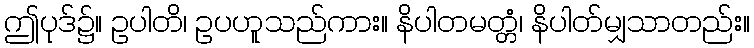
ဤပုဒ်၌။ ဥပါတိ၊ ဥပဟူသည်ကား။ နိပါတမတ္တံ၊ နိပါတ်မျှသာတည်း။